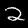
Digit: 2